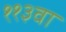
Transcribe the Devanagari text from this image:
११३वा